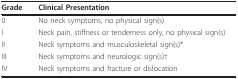
| Grade | Clinical Presentation |
 | --- | --- |
 | 0 | No neck symptoms, no physical sign(s) |
 | I | Neck pain, stiffness or tenderness only, no physical sign(s) |
 | II | Neck symptoms and musculoskeletal sign(s)* |
 | III | Neck symptoms and neurologic sign(s)† |
 | IV | Neck symptoms and fracture or dislocation |